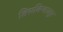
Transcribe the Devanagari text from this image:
तिरुविन्दालुर